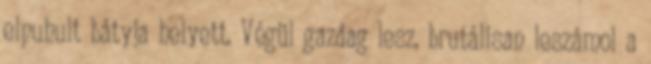
elpuhult bátyja helyett. Végül gazdag lesz, brutálisan leszámol a